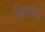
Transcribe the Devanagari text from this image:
ख्रिष्टाब्द